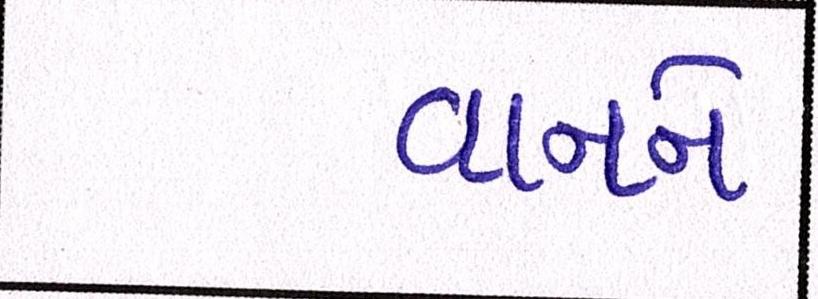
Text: વાનને